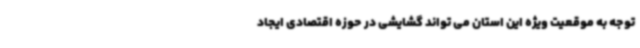
توجه به موقعیت ویژه این استان می تواند گشایشی در حوزه اقتصادی ایجاد